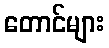
တောင်များ